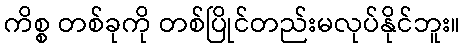
ကိစ္စ တစ်ခုကို တစ်ပြိုင်တည်းမလုပ်နိုင်ဘူး။